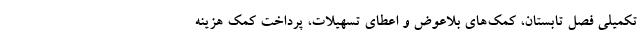
تکمیلی فصل تابستان، کمک‌های بلاعوض و اعطای تسهیلات، پرداخت کمک هزینه